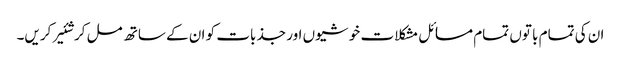
ان کی تمام با توں تمام مسائل مشکلا ت خو شیوں اور جذ بات کو ان کے ساتھ مل کر شئیر کریں۔